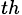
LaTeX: _{th}